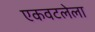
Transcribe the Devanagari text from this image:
एकवटलेला